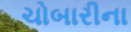
ચોબારીના